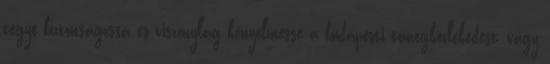
tegye biztonságossá és viszonylag kényelmessé a budapesti tömegközlekedést, vagy